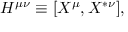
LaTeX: H ^ { \mu \nu } \equiv [ X ^ { \mu } , X ^ { * \nu } ] ,